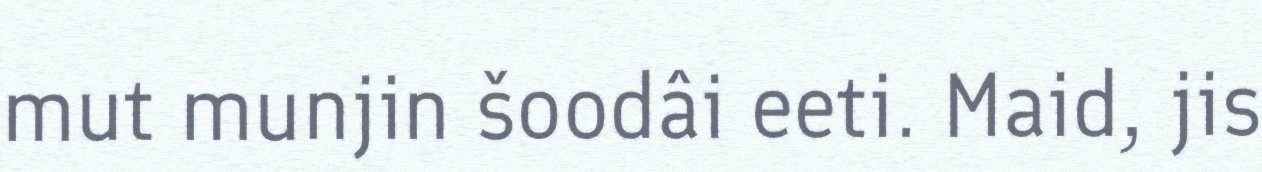
mut munjin šoodâi eeti. Maid, jis